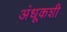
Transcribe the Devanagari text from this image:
अंधूकशी